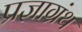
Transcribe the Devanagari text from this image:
प्रज्ञाग्रंथ